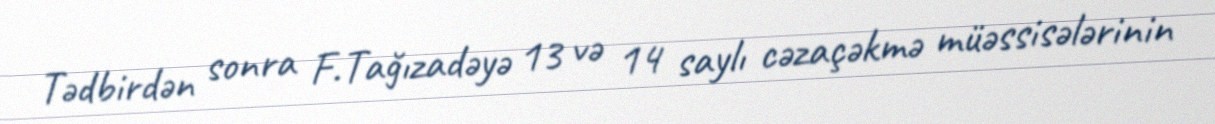
Tədbirdən sonra F.Tağızadəyə 13 və 14 saylı cəzaçəkmə müəssisələrinin